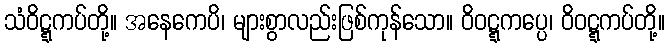
သံဝိဋ္ဋကပ်တို့။ အနေကေပိ၊ များစွာလည်းဖြစ်ကုန်သော။ ဝိဝဋ္ဋကပ္ပေ၊ ဝိဝဋ္ဋကပ်တို့။